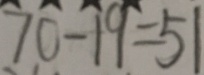
7 0 - 1 9 = 5 1